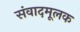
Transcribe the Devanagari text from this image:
संवादमूलक